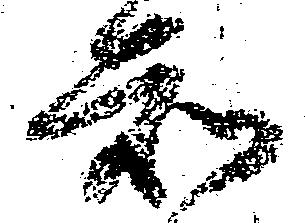
知